Report on sanitation, dispensaries, and jails in Rajputana for 1919, and on vaccination for the year 1919-1920 - 1919-1920
Year: 1919
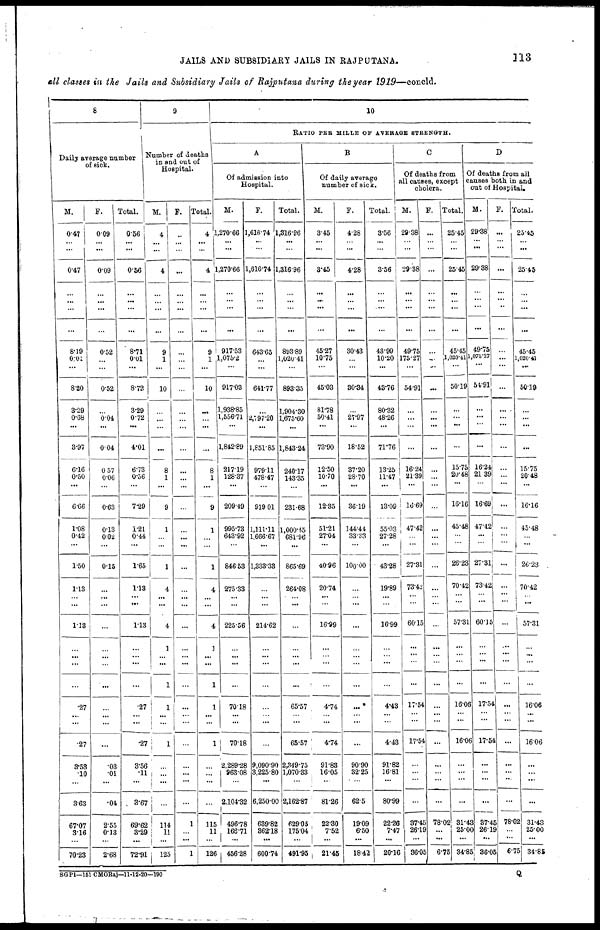
JAILS AND SUBSIDIARY JAILS IN RAJPUTANA.
113
all classes in the Jails and Subsidiary Jails of Rajputana during the year 1919—concld.
8
Daily average number
of sick.
M.
0.47
...
...
0.47
...
...
...
8.19
0.01
...
8.20
3.29
0.68
...
3.97
6.16
0.50
...
6.66
1.08
0.42
...
1.50
1.13
...
...
1.13
...
...
.27
...
...
.27
3.53
.10
...
3.63
67.07
3.16
...
70.23
F.
0.09
...
...
0.09
...
...
...
0.52
...
...
0.52
...
0.04
...
0.04
0.57
0.06
...
0.63
0.13
0.02
...
0.15
...
...
...
...
...
...
...
...
...
...
.03
.01
...
.04
2.55
0.13
...
2.68
Total.
0.56
...
...
056
...
...
...
8.71
0.01
...
8.73
329
0.72
...
4.01
6.73
0.56
...
7.29
1.21
0.44
...
1.65
1.13
...
...
1.13
...
...
.27
...
...
.27
3.56
.11
...
3.67
69.62
3.29
...
72.91
9
Number of deaths
in and out of
Hospital.
M.
4
...
...
4
...
...
...
9
1
...
10
...
...
...
...
8
1
...
9
1
...
...
1
4
...
...
4
...
1
1
...
...
1
...
...
...
...
114
11
...
125
F.
...
...
...
...
...
...
...
...
...
...
...
...
...
...
...
...
...
...
...
...
...
...
...
...
...
...
...
...
...
...
...
...
...
...
...
...
...
1
...
...
1
Total.
4
...
...
4
...
...
...
9
1
...
10
...
...
...
...
8
1
...
9
1
...
...
1
4
...
...
4
...
1
1
...
1
...
...
...
...
115
11
...
126
10
RATIO PER MILLE OF AVERAGE STRENGTH.
A
Of admission into
Hospital.
M.
1,270.66
...
...
1,270.66
...
...
...
917.53
1,075.2
...
917.03
1,938.85
1,556.71
...
1,842.89
217.19
128.37
...
209.49
995.73
643.92
...
846.53
275.33
...
...
225.56
...
...
70.18
...
...
70.18
2,289.28
963.08
...
2,104.32
496.78
166.71
...
456.28
F.
1,616.74
...
...
1,616.74
...
...
...
643.65
...
...
641.77
...
2,797.20
...
1,851.85
979.11
478.47
...
919.01
1,111.11
1,666.67
...
1,333.33
...
...
...
214.62
...
...
...
...
...
...
9,090.90
3,225.80
...
6,250.00
639.82
362.18
...
600.71
Total.
1,316.96
...
...
1,316.96
...
...
...
893.89
1,020.41
...
893.35
1,904.30
1,675.60
...
1,843.24
240.17
143.35
...
231.68
1,000.45
681.96
...
865.69
264.08
...
...
...
...
...
65.57
...
...
65.57
2,349.75
1,070.33
...
2,162.87
629.05
175.04
...
491.95
B
Of daily average
number of sick.
M.
3.45
...
...
3.45
...
...
...
45.27
10.75
...
45.03
81.78
50.41
...
73.90
12.50
10.70
...
12.35
51.21
27.04
...
40.96
20.74
...
...
16.99
...
...
4.74
...
...
4.74
91.83
16.05
...
81.26
22.30
7.52
...
21.45
F.
4.28
...
...
4.28
...
...
...
30.43
...
...
30.34
...
27.97
...
18.52
37.20
28.70
...
36.19
144.44
33.33
...
100.00
...
...
...
...
...
...
...
...
...
...
90.90
32.25
...
62.5
19.09
6.50
...
18.42
Total.
3.56
...
3.56
...
...
...
43.99
10.20
...
43.76
80.32
48.26
...
71.76
13.25
11.47
...
13.09
55.03
27.28
...
43.28
19.89
...
...
16.99
...
...
4.43
...
...
4.43
91.82
16.81
...
80.99
22.26
7.47
...
20.16
C
Of deaths from
all causes, except
cholera.
M.
29.38
...
...
29.38
...
...
...
49.75
175.27
...
54.91
...
...
...
...
16.24
21.39
...
16.69
47.42
...
...
27.31
73.42
...
...
60.15
...
...
17.54
...
...
17.54
...
...
...
...
37.45
26.19
...
36.05
F.
...
...
...
...
...
...
...
...
...
...
...
...
...
...
...
...
...
...
...
...
...
...
...
...
...
...
...
...
...
...
...
...
...
...
...
...
...
78.02
...
...
6.75
Total.
25.45
...
...
25.45
...
...
...
45.45
1,020.41
...
50.19
...
...
...
...
15.75
20.48
...
16.16
45.48
...
...
26.23
70.42
...
...
57.31
...
...
16.06
...
...
16.06
...
...
...
...
31.43
25.00
...
34.85
D
Of deaths from all
causes both in and
out of Hospital,
M.
29.38
...
...
29.38
...
...
...
49.75
1,076.27
...
54.91
...
...
...
...
16.24
21.39
...
16.69
47.42
...
...
27.31
73.42
...
...
60.15
...
...
17.54
...
...
17.54
...
...
...
...
37.45
26.19
...
36.05
F.
...
...
...
...
...
...
...
...
...
...
...
...
...
...
...
...
...
...
...
...
...
...
...
...
...
...
...
...
...
...
...
...
...
...
...
...
...
78.02
...
...
6.75
Total.
25.45
...
...
25.45
...
...
...
45.45
1,020.41
...
50.19
...
...
...
...
15.75
20.48
...
16.16
45.48
...
...
26.23
70.42
...
...
57.31
...
...
16.06
...
...
16.06
...
...
...
...
31.43
25.00
...
34.85
SGP1—151 CMORaj—11.12.20—190
Q